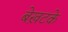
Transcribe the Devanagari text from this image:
बेख़टके